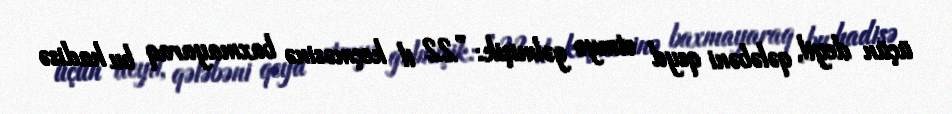
üçün deyil, qələbəni qeyd etmyə gəlmişik: ”22 il keçməsinə baxmayaraq bu hadisə